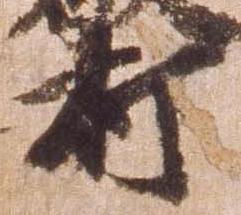
打